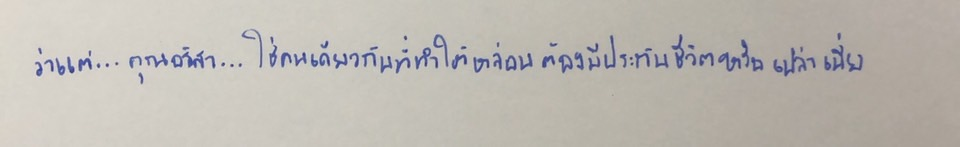
ว่าแต่...คุณอริสา...ใช่คนเดียวกับที่ทำให้หล่อนต้องมีประกันชีวิตหรือเปล่าเนี่ย